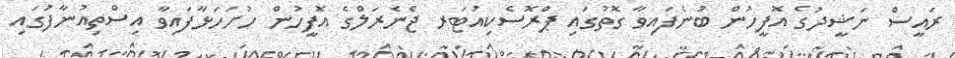
ރައީސް ނަޝީދުގެ އޮފީހުން ބުނެފައިވާ ގޮތުގައި ޕްރޮސެކިއުޓަރ ޖެނެރަލްގެ އޮފީހުން ހުށަހަޅާފައިވާ އިސްތިއުނާފުގައި